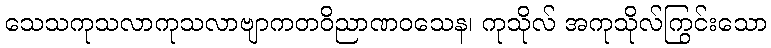
သေသကုသလာကုသလာဗျာကတဝိညာဏဝသေန၊ ကုသိုလ် အကုသိုလ်ကြွင်းသော